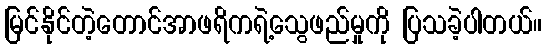
မြင်နိုင်တဲ့တောင်အာဖရိကရဲ့သွေဖည်မှုကို ပြသခဲ့ပါတယ်။